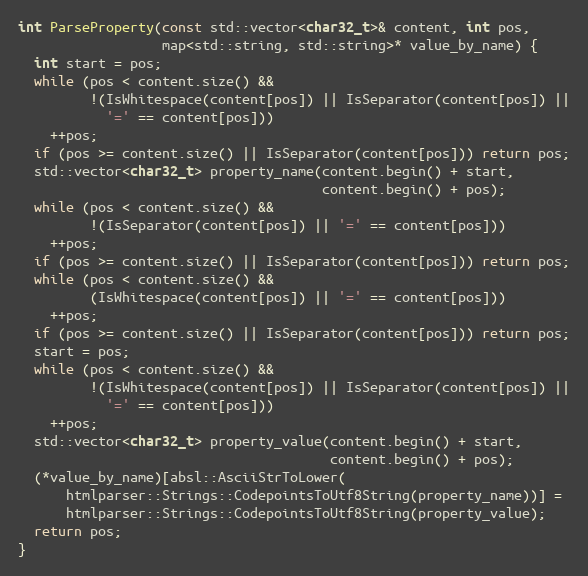
Language: C++
int ParseProperty(const std::vector<char32_t>& content, int pos,
                  map<std::string, std::string>* value_by_name) {
  int start = pos;
  while (pos < content.size() &&
         !(IsWhitespace(content[pos]) || IsSeparator(content[pos]) ||
           '=' == content[pos]))
    ++pos;
  if (pos >= content.size() || IsSeparator(content[pos])) return pos;
  std::vector<char32_t> property_name(content.begin() + start,
                                      content.begin() + pos);
  while (pos < content.size() &&
         !(IsSeparator(content[pos]) || '=' == content[pos]))
    ++pos;
  if (pos >= content.size() || IsSeparator(content[pos])) return pos;
  while (pos < content.size() &&
         (IsWhitespace(content[pos]) || '=' == content[pos]))
    ++pos;
  if (pos >= content.size() || IsSeparator(content[pos])) return pos;
  start = pos;
  while (pos < content.size() &&
         !(IsWhitespace(content[pos]) || IsSeparator(content[pos]) ||
           '=' == content[pos]))
    ++pos;
  std::vector<char32_t> property_value(content.begin() + start,
                                       content.begin() + pos);
  (*value_by_name)[absl::AsciiStrToLower(
      htmlparser::Strings::CodepointsToUtf8String(property_name))] =
      htmlparser::Strings::CodepointsToUtf8String(property_value);
  return pos;
}